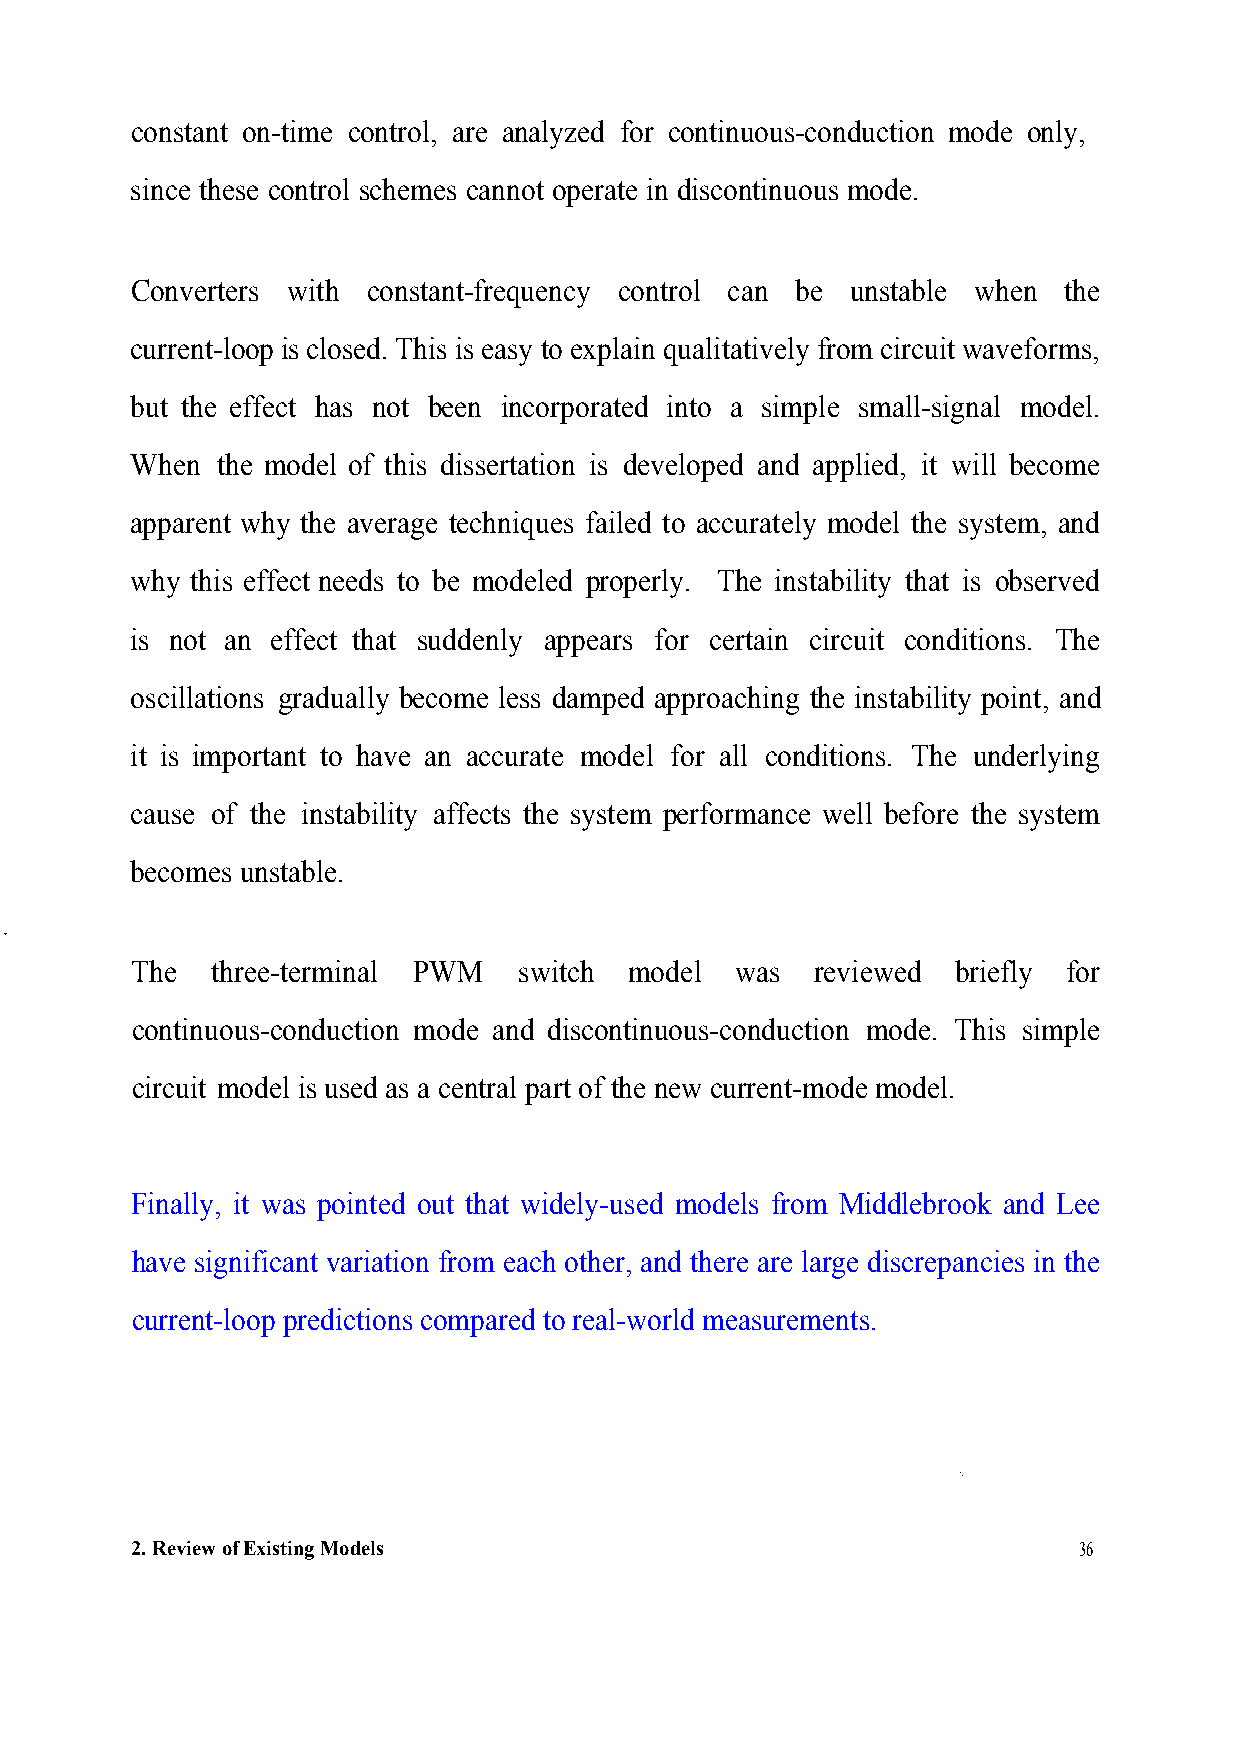
constant on-time control, are analyzed for continuous-conduction mode only,
 since these control schemes cannot operate in discontinuous mode.
 Converters with constant-frequency control can be unstable when the
 current-loop is closed. This is easy to explain qualitatively from circuit waveforms,
 but the effect has not been incorporated into a simple small-signal model.
 When the model of this dissertation is developed and applied, it will become
 apparent why the average techniques failed to accurately model the system, and
 why this effect needs to be modeled properly. The instability that is observed
 is not an effect that suddenly appears for certain circuit conditions. The
 oscillations gradually become less damped approaching the instability point, and
 it is important to have an accurate model for all conditions. The underlying
 cause of the instability affects the system performance well before the system
 becomes unstable.
 The  three-terminal PWM  switch  model  was  reviewed briefly for
 continuous-conduction mode and discontinuous-conduction mode. This simple
 circuit model is used as a central part of the new current-mode model.
 Finally, it was pointed out that widely-used models from Middlebrook and Lee
 have significant variation from each other, and there are large discrepancies in the
 current-loop predictions compared to real-world measurements.
 Specifications
 Compare
 2.Review of Existing Models                                   36